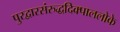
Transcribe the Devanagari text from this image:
पुरद्वारसंरुद्धदिक्पाललोके